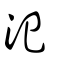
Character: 汜